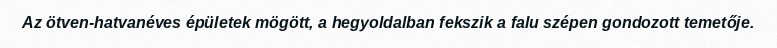
Az ötven-hatvanéves épületek mögött, a hegyoldalban fekszik a falu szépen gondozott temetője.